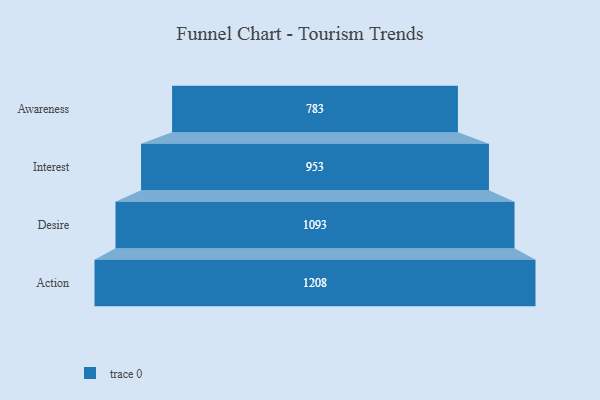
{"axis": {"x": "Stage", "y": "Value"}, "legend": [""], "data": [{"x": "Awareness", "y": 783.0, "type": ""}, {"x": "Interest", "y": 953.0, "type": ""}, {"x": "Desire", "y": 1093.0, "type": ""}, {"x": "Action", "y": 1208.0, "type": ""}]}